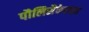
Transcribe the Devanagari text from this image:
पौलिसैकेराइड